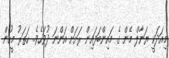
މިއަދަކީ ޔަނާލް މެން ގެ މައިންބަފައިން ރަށަށް އަންނަ ދުވަހެވެ.. ހަތަރު މީހުން